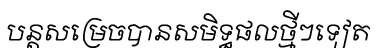
បន្តសម្រេចបានសមិទ្ធផលថ្មីៗទៀត